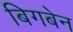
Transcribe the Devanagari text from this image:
बिगबेन